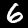
Label: 6